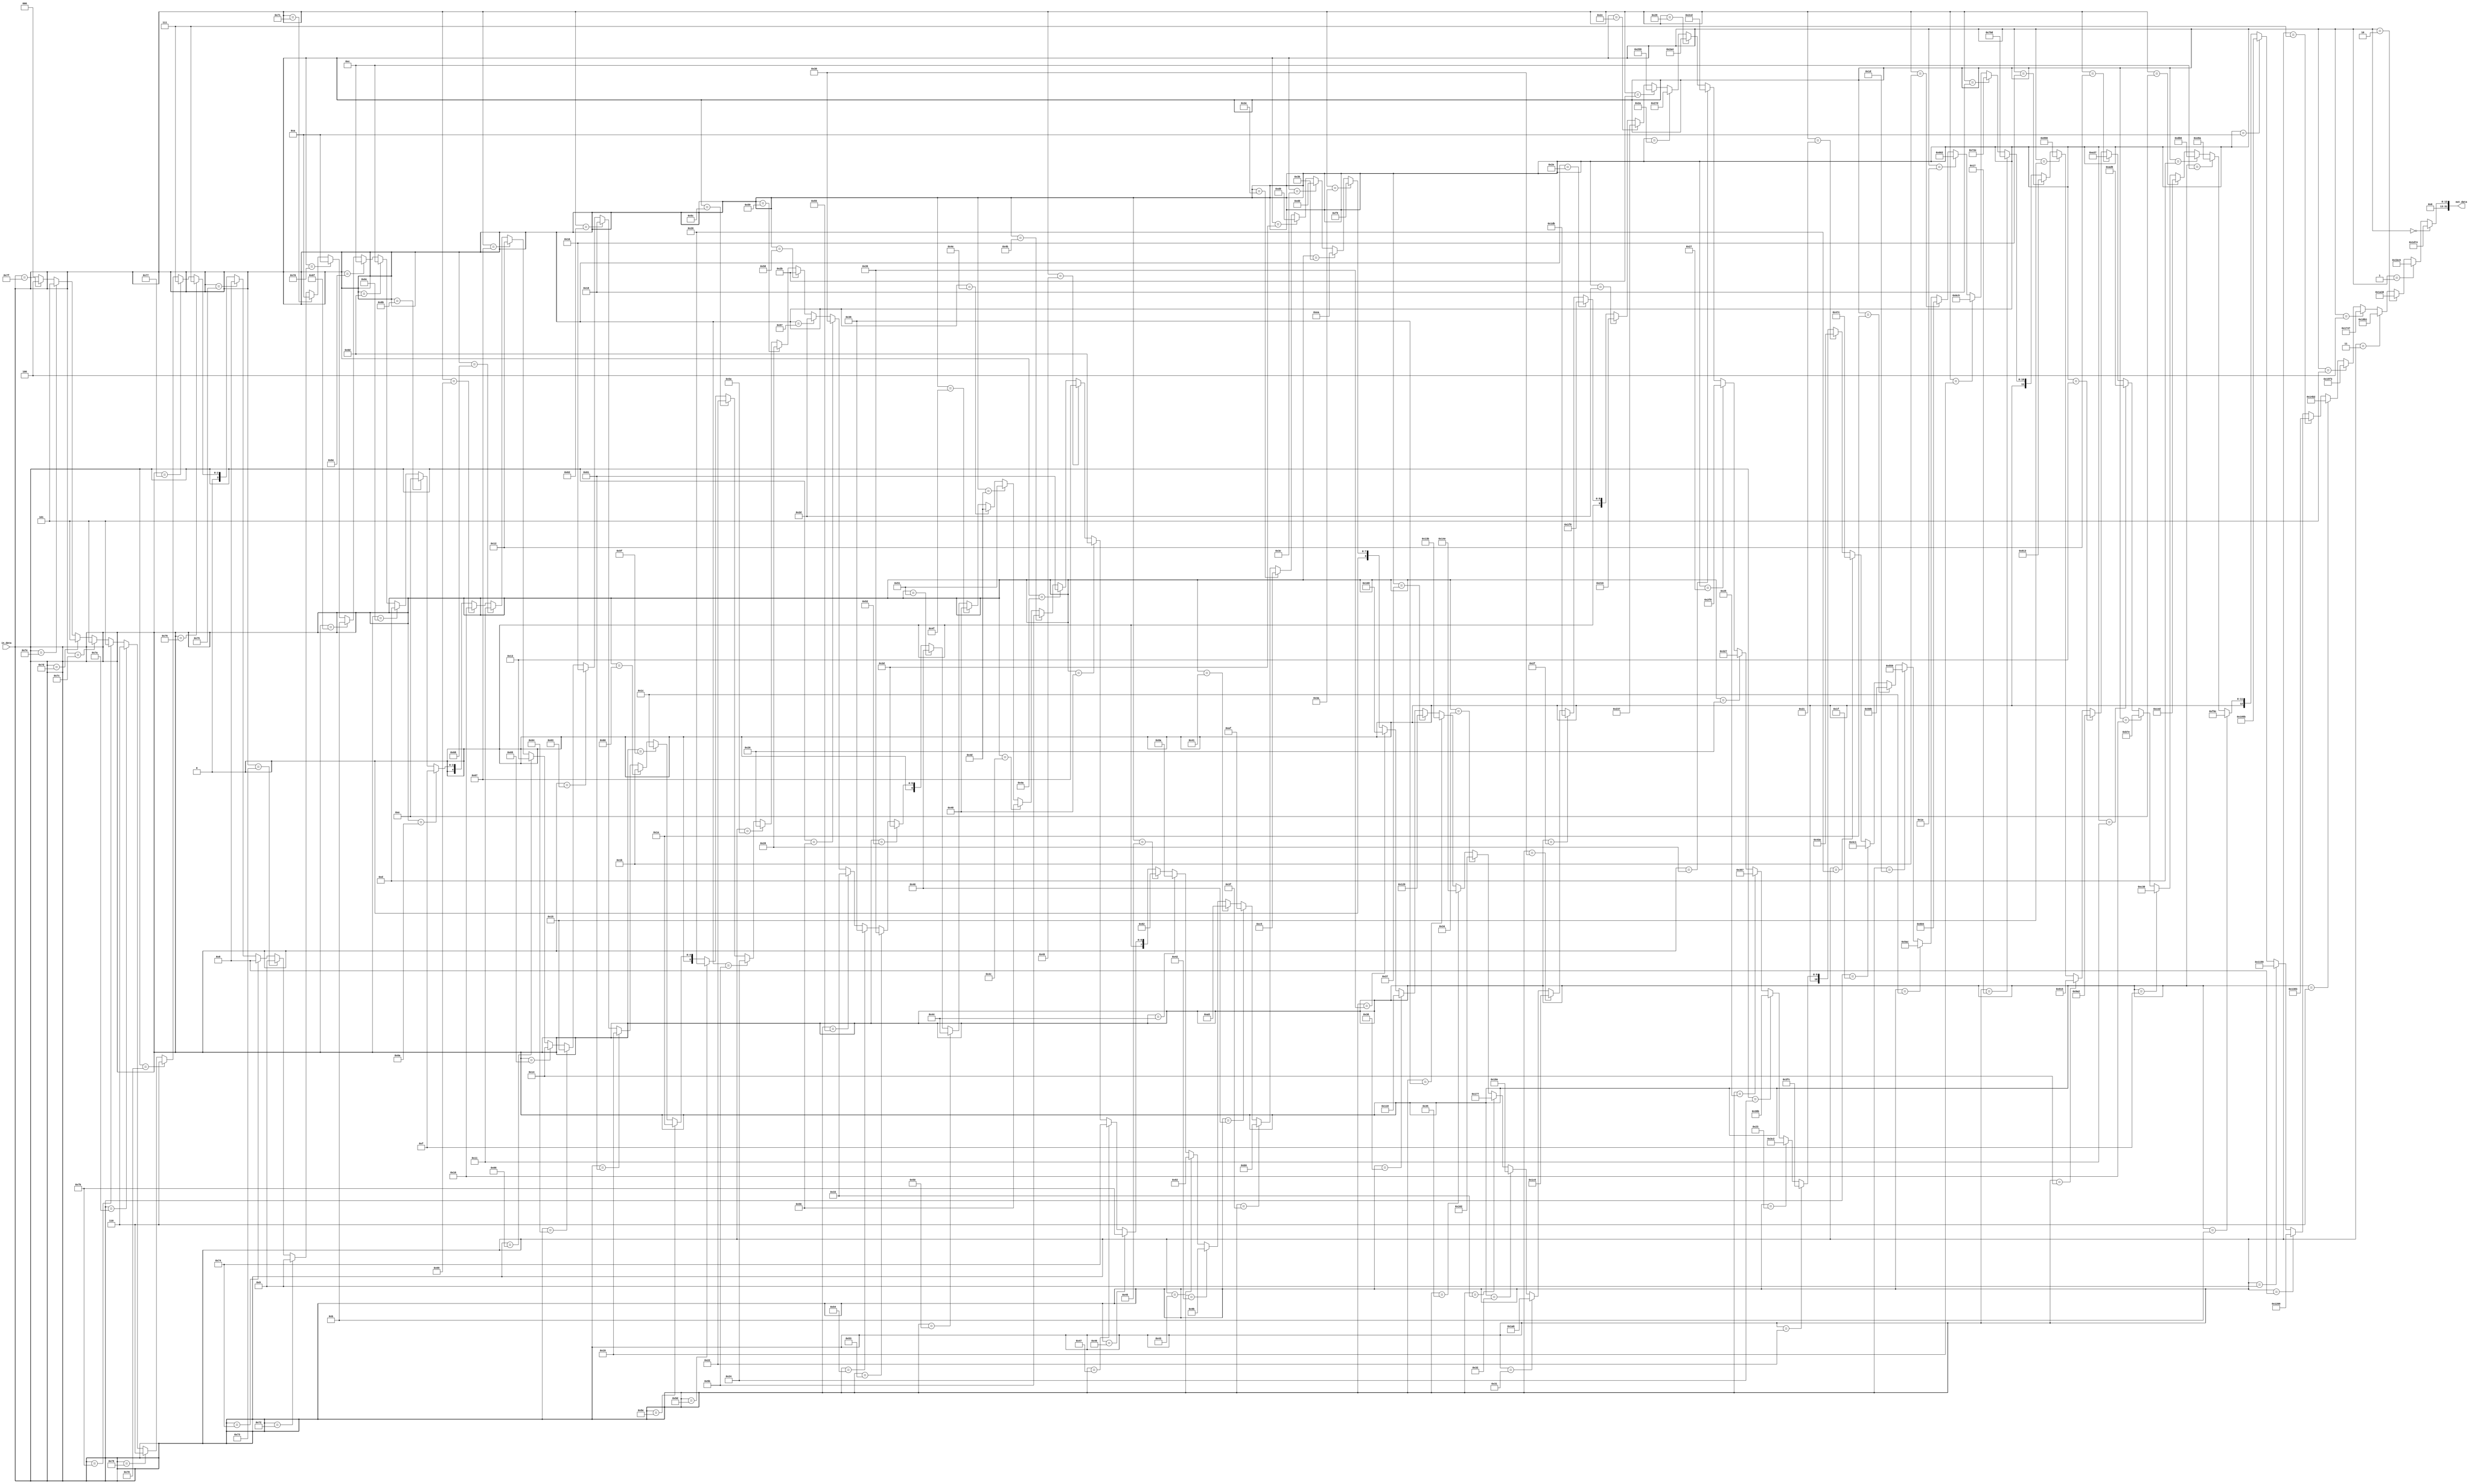
module lin2exp_t(in_data, out_data);

input wire [6:0] in_data;
output wire [31:0] out_data;

assign out_data = 
				(in_data == 7'd00) ?  14'd07540 : 
				(in_data == 7'd01) ?  14'd07110 : 
				(in_data == 7'd02) ?  14'd06704 : 
				(in_data == 7'd03) ?  14'd06321 : 
				(in_data == 7'd04) ?  14'd05959 : 
				(in_data == 7'd05) ?  14'd05619 : 
				(in_data == 7'd06) ?  14'd05298 : 
				(in_data == 7'd07) ?  14'd04995 : 
				(in_data == 7'd08) ?  14'd04710 : 
				(in_data == 7'd09) ?  14'd04441 : 
				(in_data == 7'd010) ?  14'd04187 : 
				(in_data == 7'd011) ?  14'd03948 : 
				(in_data == 7'd012) ?  14'd03722 : 
				(in_data == 7'd013) ?  14'd03510 : 
				(in_data == 7'd014) ?  14'd03309 : 
				(in_data == 7'd015) ?  14'd03120 : 
				(in_data == 7'd016) ?  14'd02942 : 
				(in_data == 7'd017) ?  14'd02774 : 
				(in_data == 7'd018) ?  14'd02615 : 
				(in_data == 7'd019) ?  14'd02466 : 
				(in_data == 7'd020) ?  14'd02325 : 
				(in_data == 7'd021) ?  14'd02192 : 
				(in_data == 7'd022) ?  14'd02067 : 
				(in_data == 7'd023) ?  14'd01949 : 
				(in_data == 7'd024) ?  14'd01838 : 
				(in_data == 7'd025) ?  14'd01733 : 
				(in_data == 7'd026) ?  14'd01634 : 
				(in_data == 7'd027) ?  14'd01540 : 
				(in_data == 7'd028) ?  14'd01452 : 
				(in_data == 7'd029) ?  14'd01369 : 
				(in_data == 7'd030) ?  14'd01291 : 
				(in_data == 7'd031) ?  14'd01217 : 
				(in_data == 7'd032) ?  14'd01148 : 
				(in_data == 7'd033) ?  14'd01082 : 
				(in_data == 7'd034) ?  14'd01020 : 
				(in_data == 7'd035) ?  14'd0962 : 
				(in_data == 7'd036) ?  14'd0907 : 
				(in_data == 7'd037) ?  14'd0855 : 
				(in_data == 7'd038) ?  14'd0807 : 
				(in_data == 7'd039) ?  14'd0760 : 
				(in_data == 7'd040) ?  14'd0717 : 
				(in_data == 7'd041) ?  14'd0676 : 
				(in_data == 7'd042) ?  14'd0637 : 
				(in_data == 7'd043) ?  14'd0601 : 
				(in_data == 7'd044) ?  14'd0567 : 
				(in_data == 7'd045) ?  14'd0534 : 
				(in_data == 7'd046) ?  14'd0504 : 
				(in_data == 7'd047) ?  14'd0475 : 
				(in_data == 7'd048) ?  14'd0448 : 
				(in_data == 7'd049) ?  14'd0422 : 
				(in_data == 7'd050) ?  14'd0398 : 
				(in_data == 7'd051) ?  14'd0375 : 
				(in_data == 7'd052) ?  14'd0354 : 
				(in_data == 7'd053) ?  14'd0334 : 
				(in_data == 7'd054) ?  14'd0315 : 
				(in_data == 7'd055) ?  14'd0297 : 
				(in_data == 7'd056) ?  14'd0280 : 
				(in_data == 7'd057) ?  14'd0264 : 
				(in_data == 7'd058) ?  14'd0249 : 
				(in_data == 7'd059) ?  14'd0234 : 
				(in_data == 7'd060) ?  14'd0221 : 
				(in_data == 7'd061) ?  14'd0208 : 
				(in_data == 7'd062) ?  14'd0197 : 
				(in_data == 7'd063) ?  14'd0185 : 
				(in_data == 7'd064) ?  14'd0175 : 
				(in_data == 7'd065) ?  14'd0165 : 
				(in_data == 7'd066) ?  14'd0155 : 
				(in_data == 7'd067) ?  14'd0146 : 
				(in_data == 7'd068) ?  14'd0138 : 
				(in_data == 7'd069) ?  14'd0130 : 
				(in_data == 7'd070) ?  14'd0123 : 
				(in_data == 7'd071) ?  14'd0116 : 
				(in_data == 7'd072) ?  14'd0109 : 
				(in_data == 7'd073) ?  14'd0103 : 
				(in_data == 7'd074) ?  14'd097 : 
				(in_data == 7'd075) ?  14'd091 : 
				(in_data == 7'd076) ?  14'd086 : 
				(in_data == 7'd077) ?  14'd081 : 
				(in_data == 7'd078) ?  14'd077 : 
				(in_data == 7'd079) ?  14'd072 : 
				(in_data == 7'd080) ?  14'd068 : 
				(in_data == 7'd081) ?  14'd064 : 
				(in_data == 7'd082) ?  14'd061 : 
				(in_data == 7'd083) ?  14'd057 : 
				(in_data == 7'd084) ?  14'd054 : 
				(in_data == 7'd085) ?  14'd051 : 
				(in_data == 7'd086) ?  14'd048 : 
				(in_data == 7'd087) ?  14'd045 : 
				(in_data == 7'd088) ?  14'd043 : 
				(in_data == 7'd089) ?  14'd040 : 
				(in_data == 7'd090) ?  14'd038 : 
				(in_data == 7'd091) ?  14'd036 : 
				(in_data == 7'd092) ?  14'd034 : 
				(in_data == 7'd093) ?  14'd032 : 
				(in_data == 7'd094) ?  14'd030 : 
				(in_data == 7'd095) ?  14'd028 : 
				(in_data == 7'd096) ?  14'd027 : 
				(in_data == 7'd097) ?  14'd025 : 
				(in_data == 7'd098) ?  14'd024 : 
				(in_data == 7'd099) ?  14'd022 : 
				(in_data == 7'd0100) ?  14'd021 : 
				(in_data == 7'd0101) ?  14'd020 : 
				(in_data == 7'd0102) ?  14'd019 : 
				(in_data == 7'd0103) ?  14'd018 : 
				(in_data == 7'd0104) ?  14'd017 : 
				(in_data == 7'd0105) ?  14'd016 : 
				(in_data == 7'd0106) ?  14'd015 : 
				(in_data == 7'd0107) ?  14'd014 : 
				(in_data == 7'd0108) ?  14'd013 : 
				(in_data == 7'd0109) ?  14'd012 : 
				(in_data == 7'd0110) ?  14'd012 : 
				(in_data == 7'd0111) ?  14'd011 : 
				(in_data == 7'd0112) ?  14'd010 : 
				(in_data == 7'd0113) ?  14'd010 : 
				(in_data == 7'd0114) ?  14'd09 : 
				(in_data == 7'd0115) ?  14'd09 : 
				(in_data == 7'd0116) ?  14'd08 : 
				(in_data == 7'd0117) ?  14'd08 : 
				(in_data == 7'd0118) ?  14'd07 : 
				(in_data == 7'd0119) ?  14'd07 : 
				(in_data == 7'd0120) ?  14'd06 : 
				(in_data == 7'd0121) ?  14'd06 : 
				(in_data == 7'd0122) ?  14'd06 : 
				(in_data == 7'd0123) ?  14'd05 : 
				(in_data == 7'd0124) ?  14'd05 : 
				(in_data == 7'd0125) ?  14'd05 : 
				(in_data == 7'd0126) ?  14'd05 : 
				(in_data == 7'd0127) ?  14'd04 : 15'd0 ;
									 
endmodule